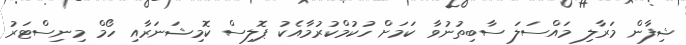
ޝިފާން މަރާލި މައްސަލަ ސާބިތުނުވާ ކަމަށް ހުކުމްކުރުމާއެކު ޕޮލިސް ކޮމިޝަނަރާއި ހޯމް މިނިސްޓަރު